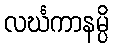
လင်္ဃကာနမ္ပိ